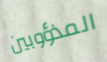
المذؤوبين